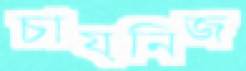
চায়নিজ